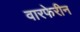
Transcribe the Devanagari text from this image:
वारफेरीन